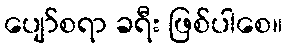
ပျော်စရာ ခရီး ဖြစ်ပါစေ။